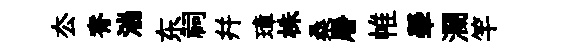
厺脊湍东祠幷璋株桑屠帷犖瀾竿